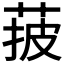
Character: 𦰽